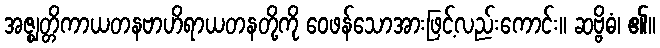
အဇ္ဈတ္တိကာယတနဗာဟိရာယတနတို့ကို ဝေဖန်သောအားဖြင့်လည်းကောင်း။ ဆဗ္ဗိဓံ၊ ၏။